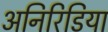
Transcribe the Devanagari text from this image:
अनिरिडिया